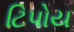
ટિપોય